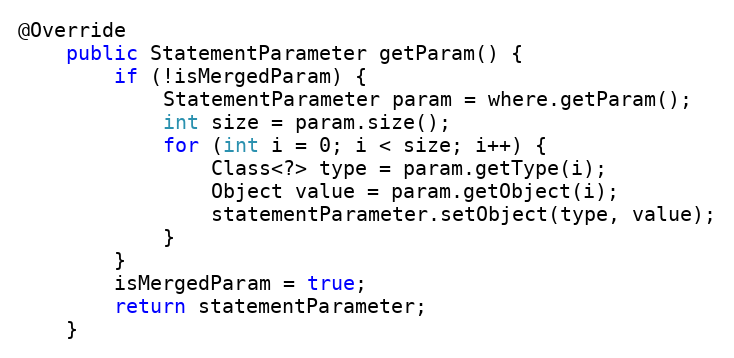
Language: Java
@Override
	public StatementParameter getParam() {
		if (!isMergedParam) {
			StatementParameter param = where.getParam();
			int size = param.size();
			for (int i = 0; i < size; i++) {
				Class<?> type = param.getType(i);
				Object value = param.getObject(i);
				statementParameter.setObject(type, value);
			}
		}
		isMergedParam = true;
		return statementParameter;
	}